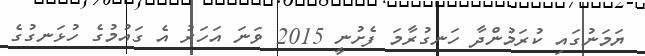
ޔަމަނުގައި ކުރަމުންދާ ހަނގުރާމަ ފެށުނީ 2015 ވަނަ އަހަރު އެ ގައުމުގެ ހުޅަނގުގެ